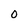
Character: 0